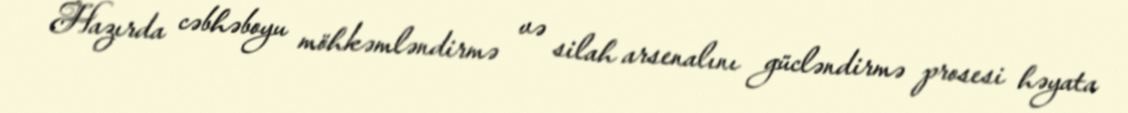
Hazırda cəbhəboyu möhkəmləndirmə və silah arsenalını gücləndirmə prosesi həyata